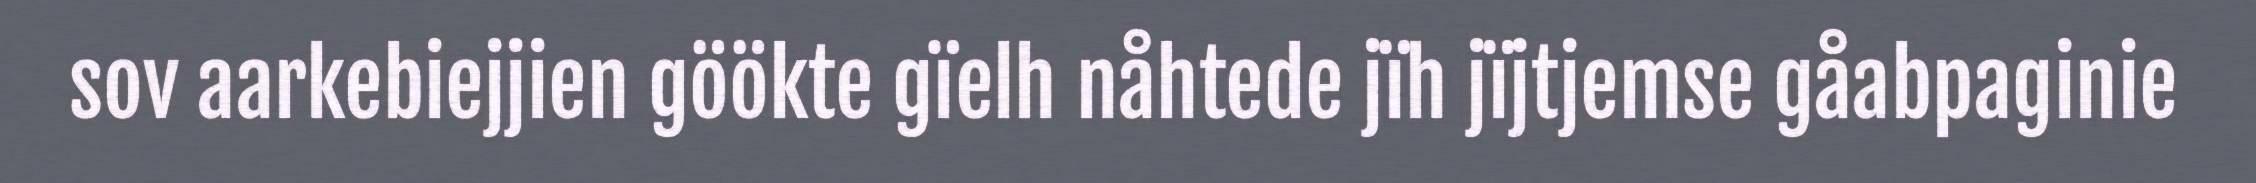
sov aarkebiejjien göökte gïelh nåhtede jïh jïjtjemse gåabpaginie